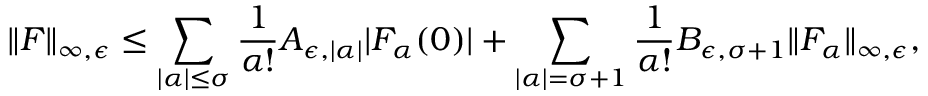
\| F \| _ { \infty , \epsilon } \leq \sum _ { | \alpha | \leq \sigma } \frac { 1 } { \alpha ! } A _ { \epsilon , | \alpha | } | F _ { \alpha } ( 0 ) | + \sum _ { | \alpha | = \sigma + 1 } \frac { 1 } { \alpha ! } B _ { \epsilon , \sigma + 1 } \| F _ { \alpha } \| _ { \infty , \epsilon } ,